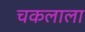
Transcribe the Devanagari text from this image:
चकलाला